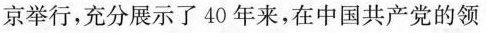
京举行，充分展示了40年来，在中国共产党的领